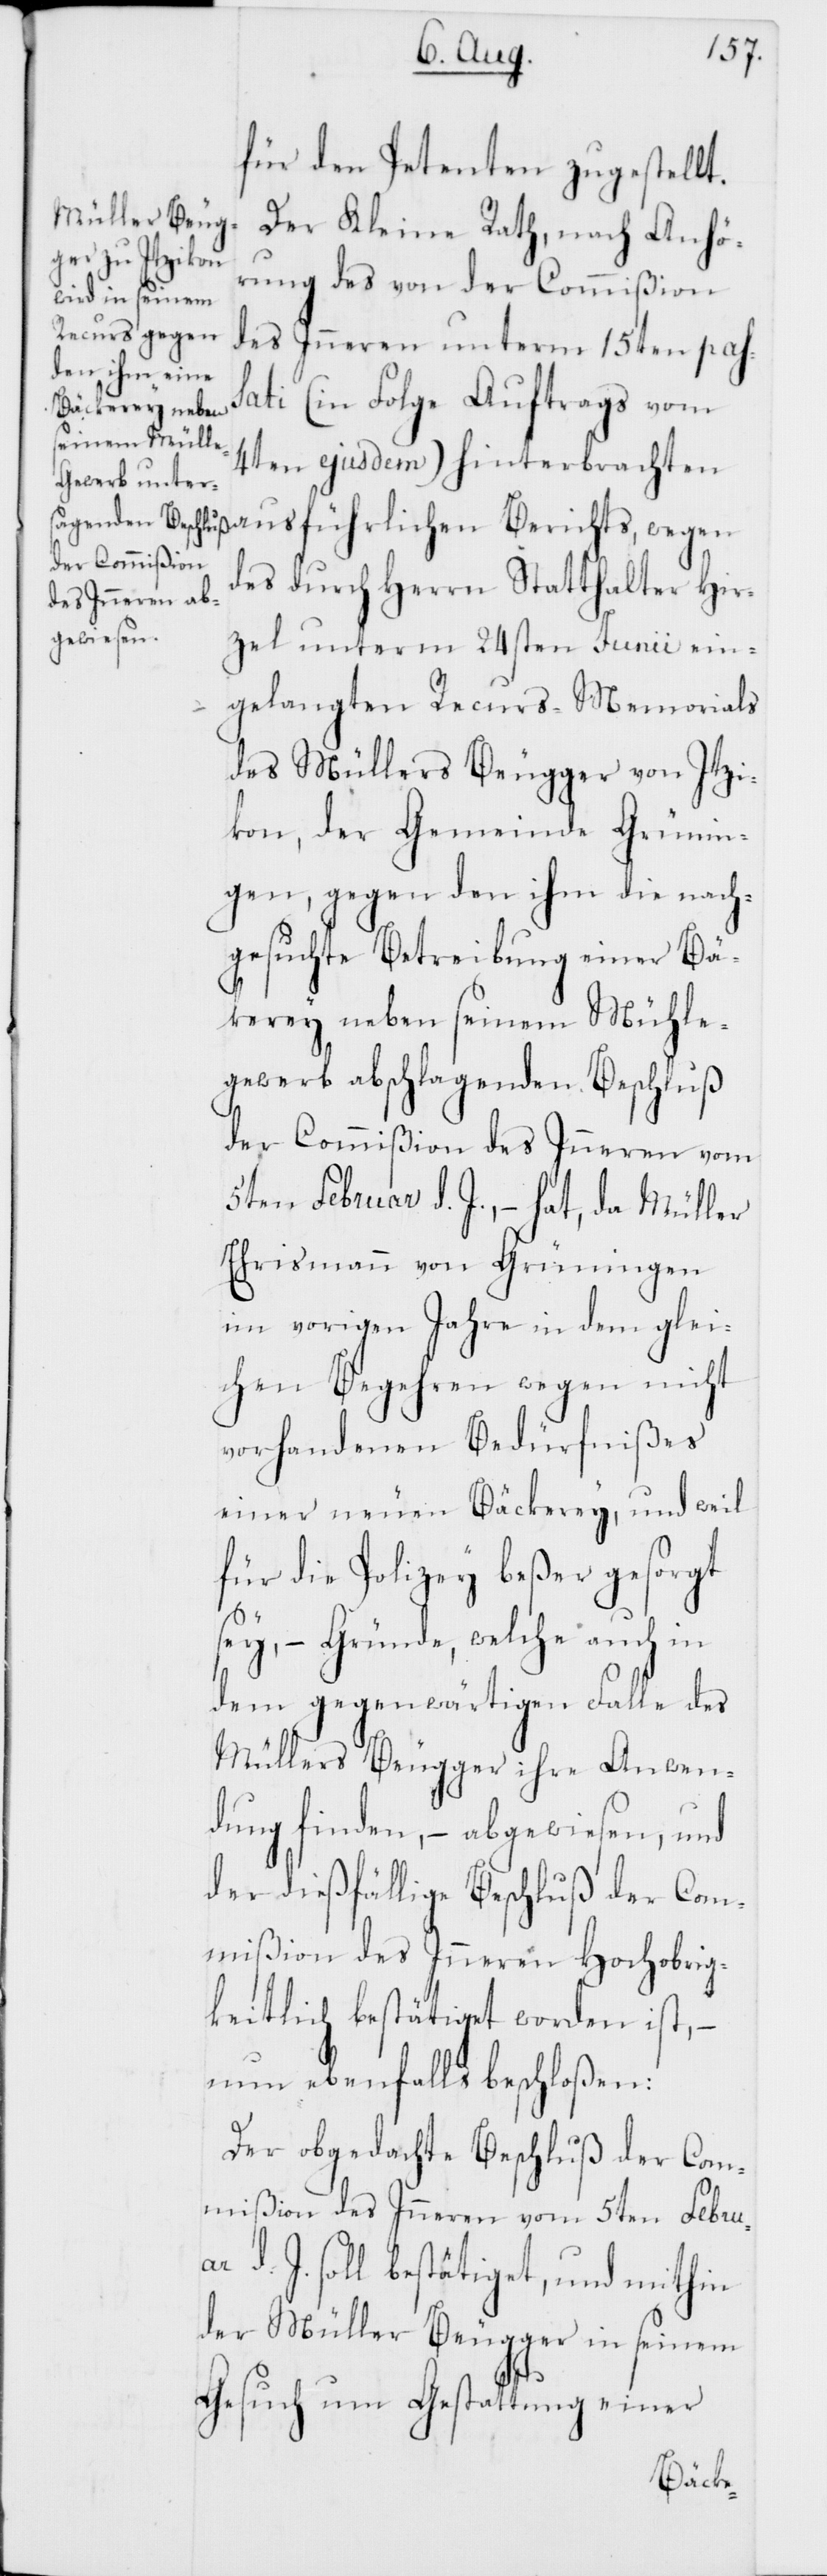
für den Petenten zugestellt.
Der Kleine Rath, nach Anhö¬
rung des von der Commißion
des Inneren unterm 15ten pas¬
sati (in Folge Auftrags vom
4ten ejusdem) hinterbrachten
ausführlichen Berichts, wegen
des durch Herrn Statthalter Hir¬
zel unterm 24sten Junii ein¬
gelangten Recurs-Memorials
des Müllers Beugger von Itzi¬
kon, der Gemeinde Grünin¬
gen, gegen den ihm die nach¬
gesuchte Betreibung einer Bä¬
ckerey neben seinem Mühle¬
gewerb abschlagenden Beschluß
der Commißion des Inneren vom
5ten Februar d. J., – hat, da Müller
Ehrismann von Grüningen
im vorigen Jahre in dem glei¬
chen Begehren wegen nicht
vorhandenen Bedürfnißes
einer neuen Bäckerey, und weil
für die Polizey beßer gesorgt
– Gründe, welche auch in
dem gegenwärtigen Falle des
Müllers Beugger ihre Anwen¬
dung finden, – abgewiesen, und
der dießfällige Beschluß der Com¬
mißion des Inneren Hochobrig¬
keitlich bestätiget worden ist, –
nun ebenfalls beschloßen:
Der obgedachte Beschluß der Com¬
mißion des Inneren vom 5ten Februar
d. J. soll bestätiget, und mithin
der Müller Beugger in seinem
Gesuch um Gestattung einer